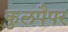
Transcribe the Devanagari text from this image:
कुलपैपर